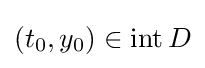
(t_{0},y_{0})\in \operatorname {int} D